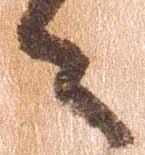
々